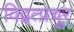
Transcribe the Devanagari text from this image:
विद्वत्प्रचूर